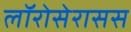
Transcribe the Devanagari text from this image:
लॉरोसेरासस